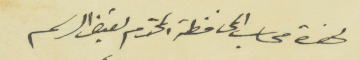
لحضرة محاسب المحافظة المحترم لقبض الرسم